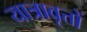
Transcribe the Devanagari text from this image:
यात्रावृत्तों